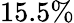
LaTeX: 15.5\%